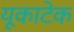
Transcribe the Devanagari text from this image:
यूकाटेक